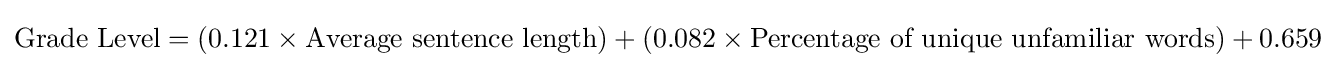
{\mbox{Grade Level}}=\left(0.121\times {\mbox{Average sentence length}}\right)+\left(0.082\times {\mbox{Percentage of unique unfamiliar words}}\right)+0.659